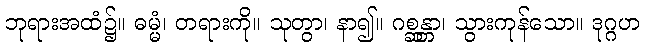
ဘုရားအထံ၌။ ဓမ္မံ၊ တရားကို။ သုတွာ၊ နာ၍။ ဂစ္ဆန္တာ၊ သွားကုန်သော။ ဒုဂ္ဂဟ